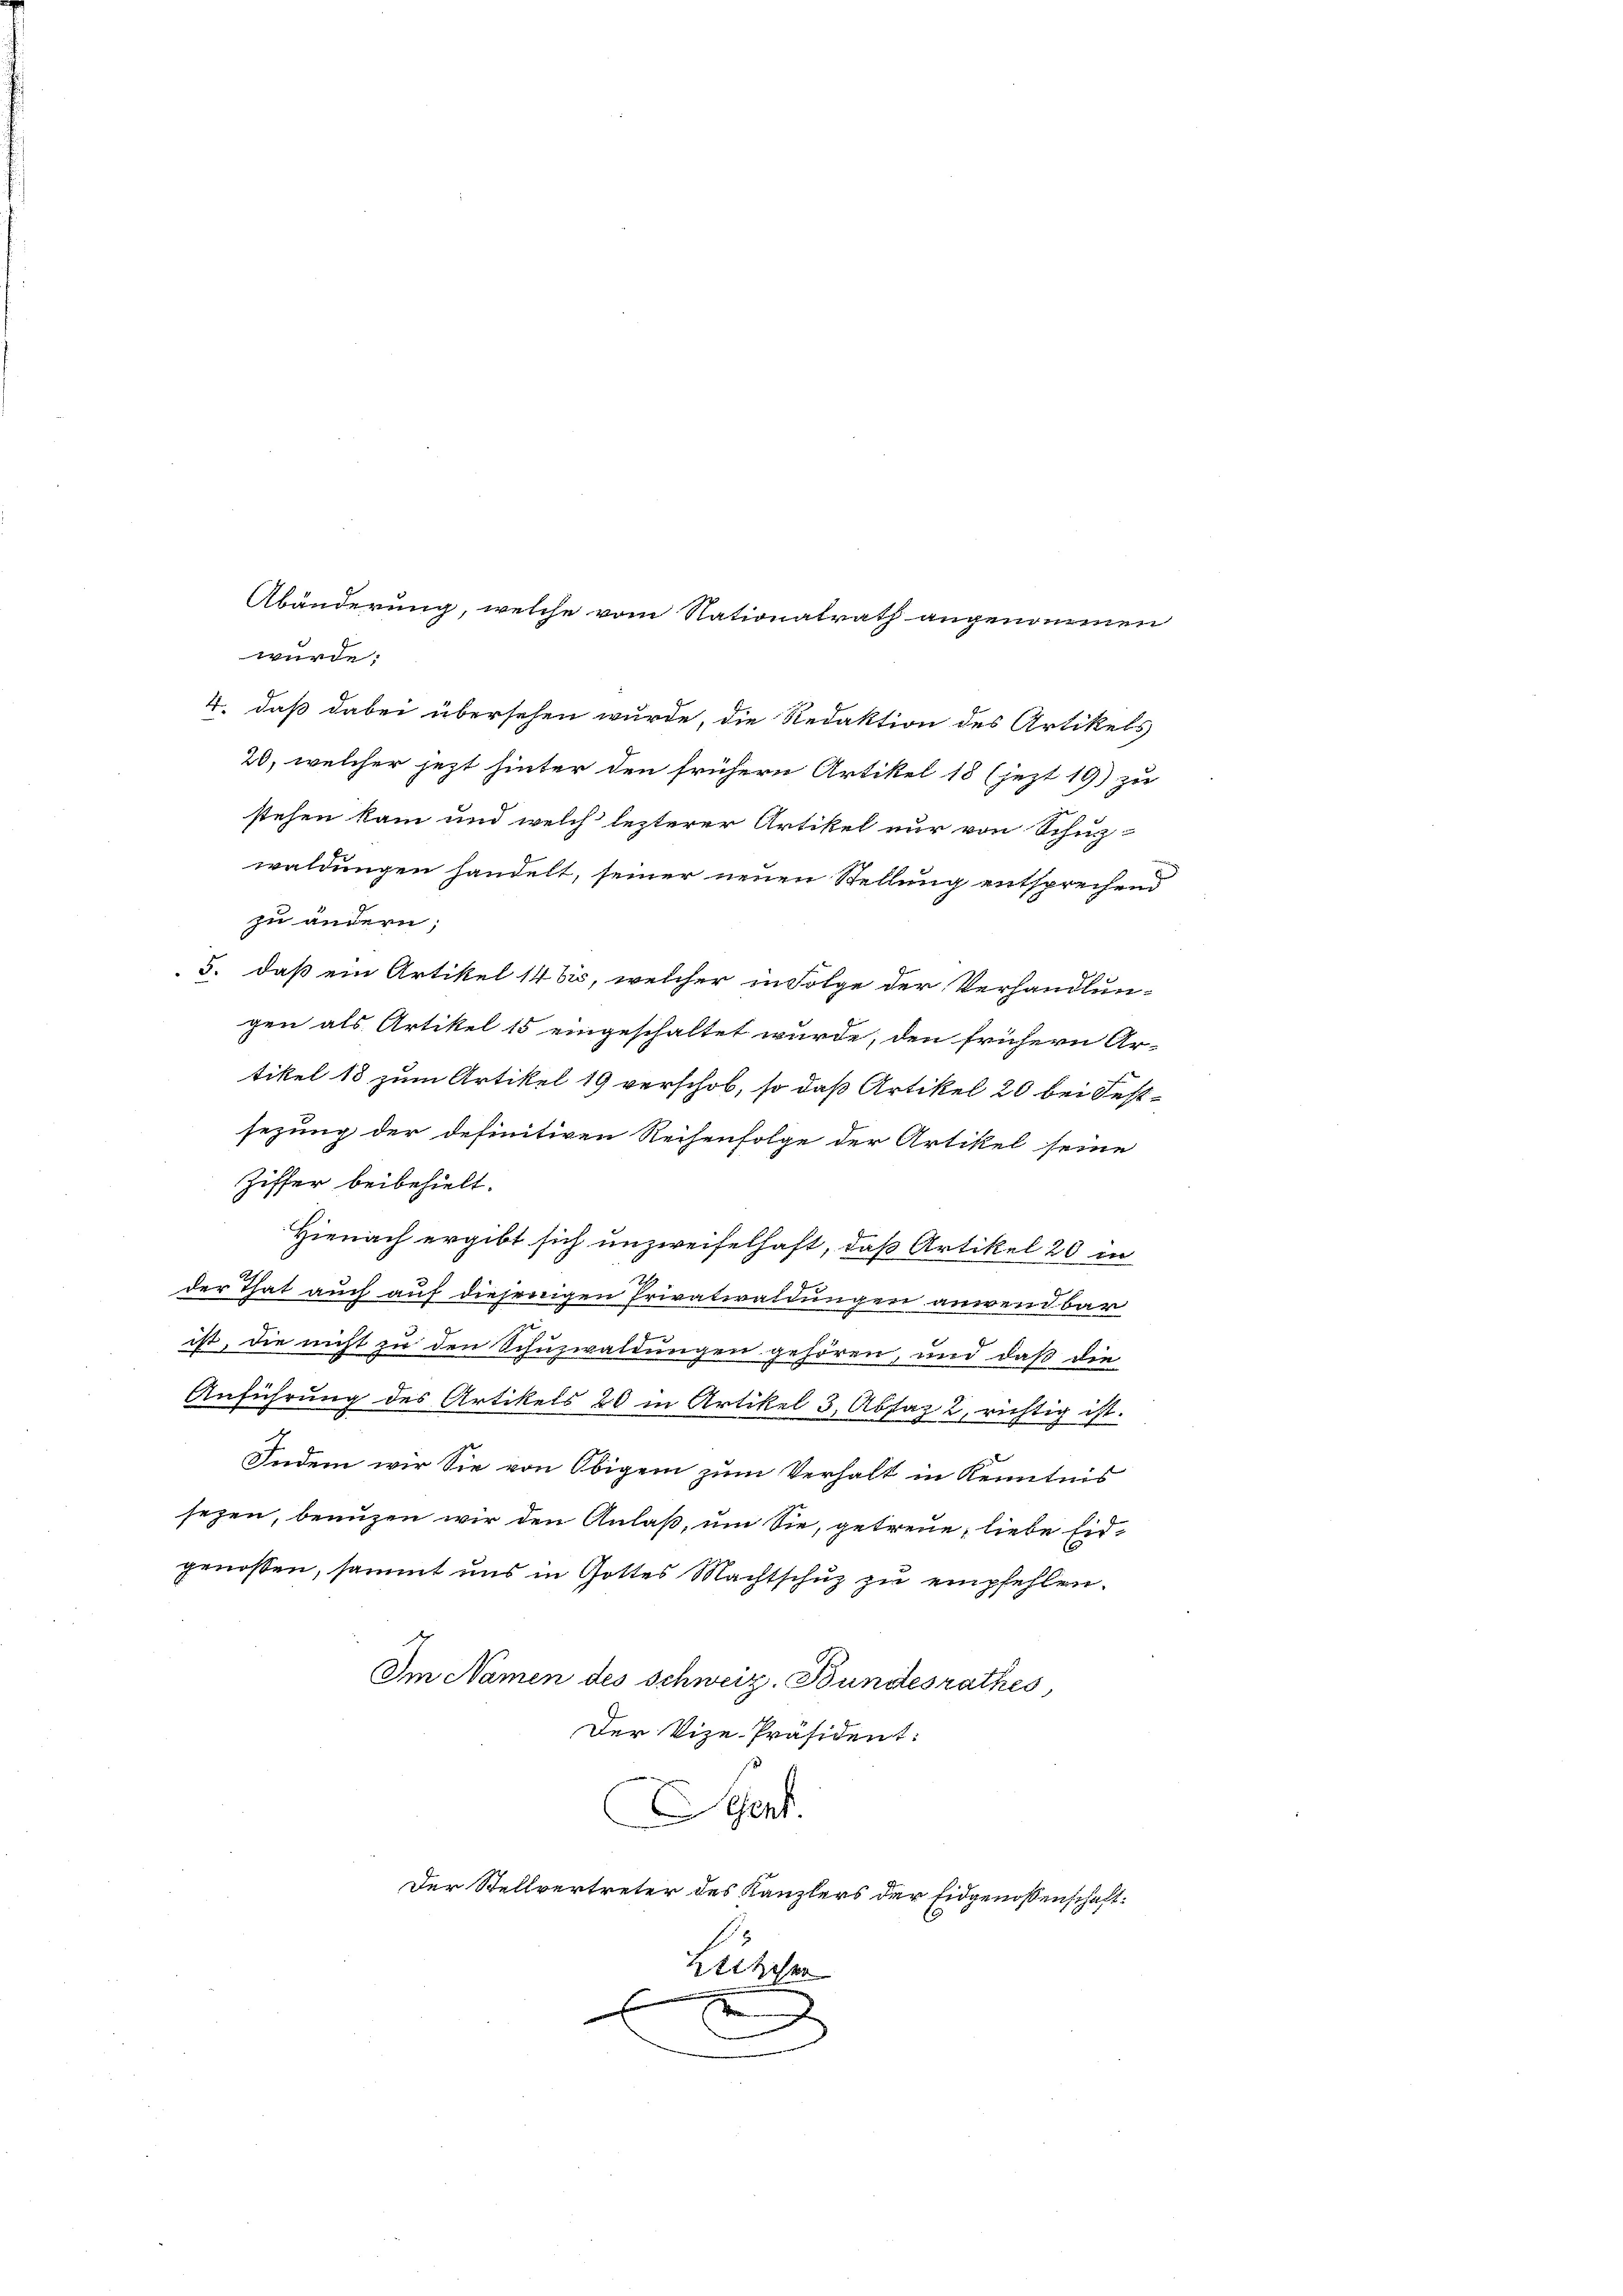
4. daß dabei übersehen wurde, die Redaktion des Artikels
20, welcher jezt hinter den frühern Artikel 18 (jezt 19) zu
stehen kam und welch lezterer Artikel nur von Schuz-
waldungen handelt, seiner neuen Stellung entsprechend
5. daß ein Artikel 1465, welcher in Folge der Verhandlun-
gen als Artikel 15 eingeschaltet wurde, den frühern Ar-
tikel 13 zum Artikel 19 verschob, so daß Artikel 20 bei Festsezung der definitiven Reihenfolge der Artikel seine
Ziffer beibehielt.
Hienach ergibt sich unzweifelhaft, daß Artikel 20 in
der That auch auf diejenigen Privatwaldungen anwendbar
ist, die nicht zu den Schuzwaldungen gehören, und daß die
Anführung des Artikels 20 in Artikel 3, Absaz 2, richtig ist.
Indem wir Sie von Obigem zum Verhalt in Kenntnis
sezen, benuzen wir den Anlaß, um Sie, getreue, liebe firgenossen, sammt uns in Gottes Machtschuz zu empfehlen.
Im Namen des Schweiz. Bundesrathes,
Der Vize-Präsident:
ent.
Der Stellvertreter des Kanzlers der Eidgenossenschaft¬
1
Klitscher
x
J

Abänderung, welche vom Nationalrath angenommen
würde.

zu andern;